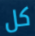
كل